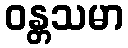
ဝန္တသမာ